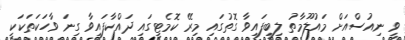
ވީ ނިއުސްއަށް މައުލޫމާތު ލިބިފައިވާ ގޮތުގައި މިރޭ ކޮމެޓީގައި ދައްކާފައިވާ ގިނަ ވާހަކަތަކަކީ